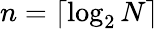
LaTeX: n=\lceil\log_{2}N\rceil